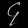
Digit: ၄